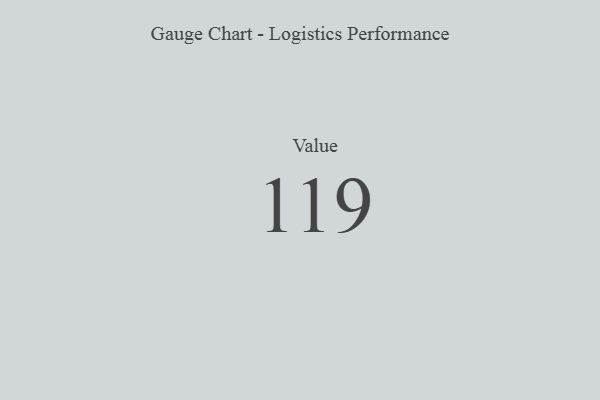
{"axis": {"x": "Metric", "y": "Value"}, "legend": [""], "data": [{"x": "Value", "y": 119, "type": ""}]}